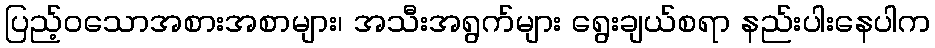
ပြည့်ဝသောအစားအစာများ၊ အသီးအရွက်များ ရွေးချယ်စရာ နည်းပါးနေပါက